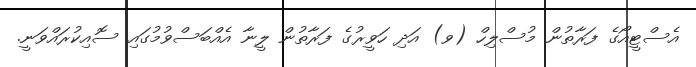
އެސްޓީއޯގެ ފަރާތުން މުސްލިހް (ވ) އަދި ހަވީރުގެ ފަރާތުން ލީނާ އެއްބަސްވުމުގައި ސޮއިކުރައްވަނީ.